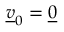
\underline { { v } } _ { 0 } = \underline { { 0 } }